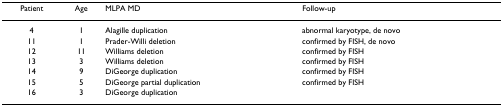
| Patient | Age | MLPA MD | Follow-up |
 | --- | --- | --- | --- |
 | 4 | 1 | Alagille duplication | abnormal karyotype, de novo |
 | 11 | 1 | Prader-Willi deletion | confirmed by FISH, de novo |
 | 12 | 11 | Williams deletion | confirmed by FISH |
 | 13 | 3 | Williams deletion | confirmed by FISH |
 | 14 | 9 | DiGeorge duplication | confirmed by FISH |
 | 15 | 5 | DiGeorge partial duplication | confirmed by FISH |
 | 16 | 3 | DiGeorge duplication |  |